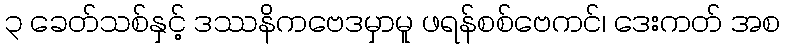
၃ ခေတ်သစ်နှင့် ဒဿနိကဗေဒမှာမူ ဖရန်စစ်ဗေကင်၊ ဒေးကတ် အစ